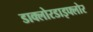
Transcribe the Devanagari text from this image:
डाक्लोरडाइफ्लोर